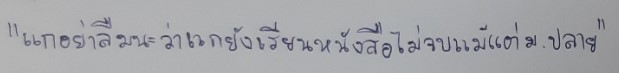
"แกอย่าลืมนะว่าแกยังเรียนหนังสือไม่จบแม้แต่ม.ปลาย"